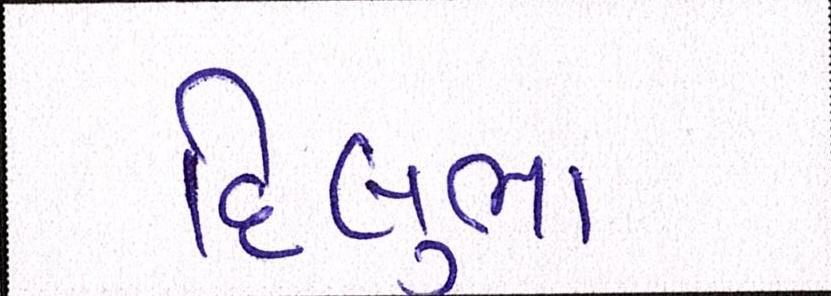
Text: દિલુભા